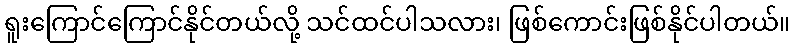
ရူးကြောင်ကြောင်နိုင်တယ်လို့ သင်ထင်ပါသလား၊ ဖြစ်ကောင်းဖြစ်နိုင်ပါတယ်။